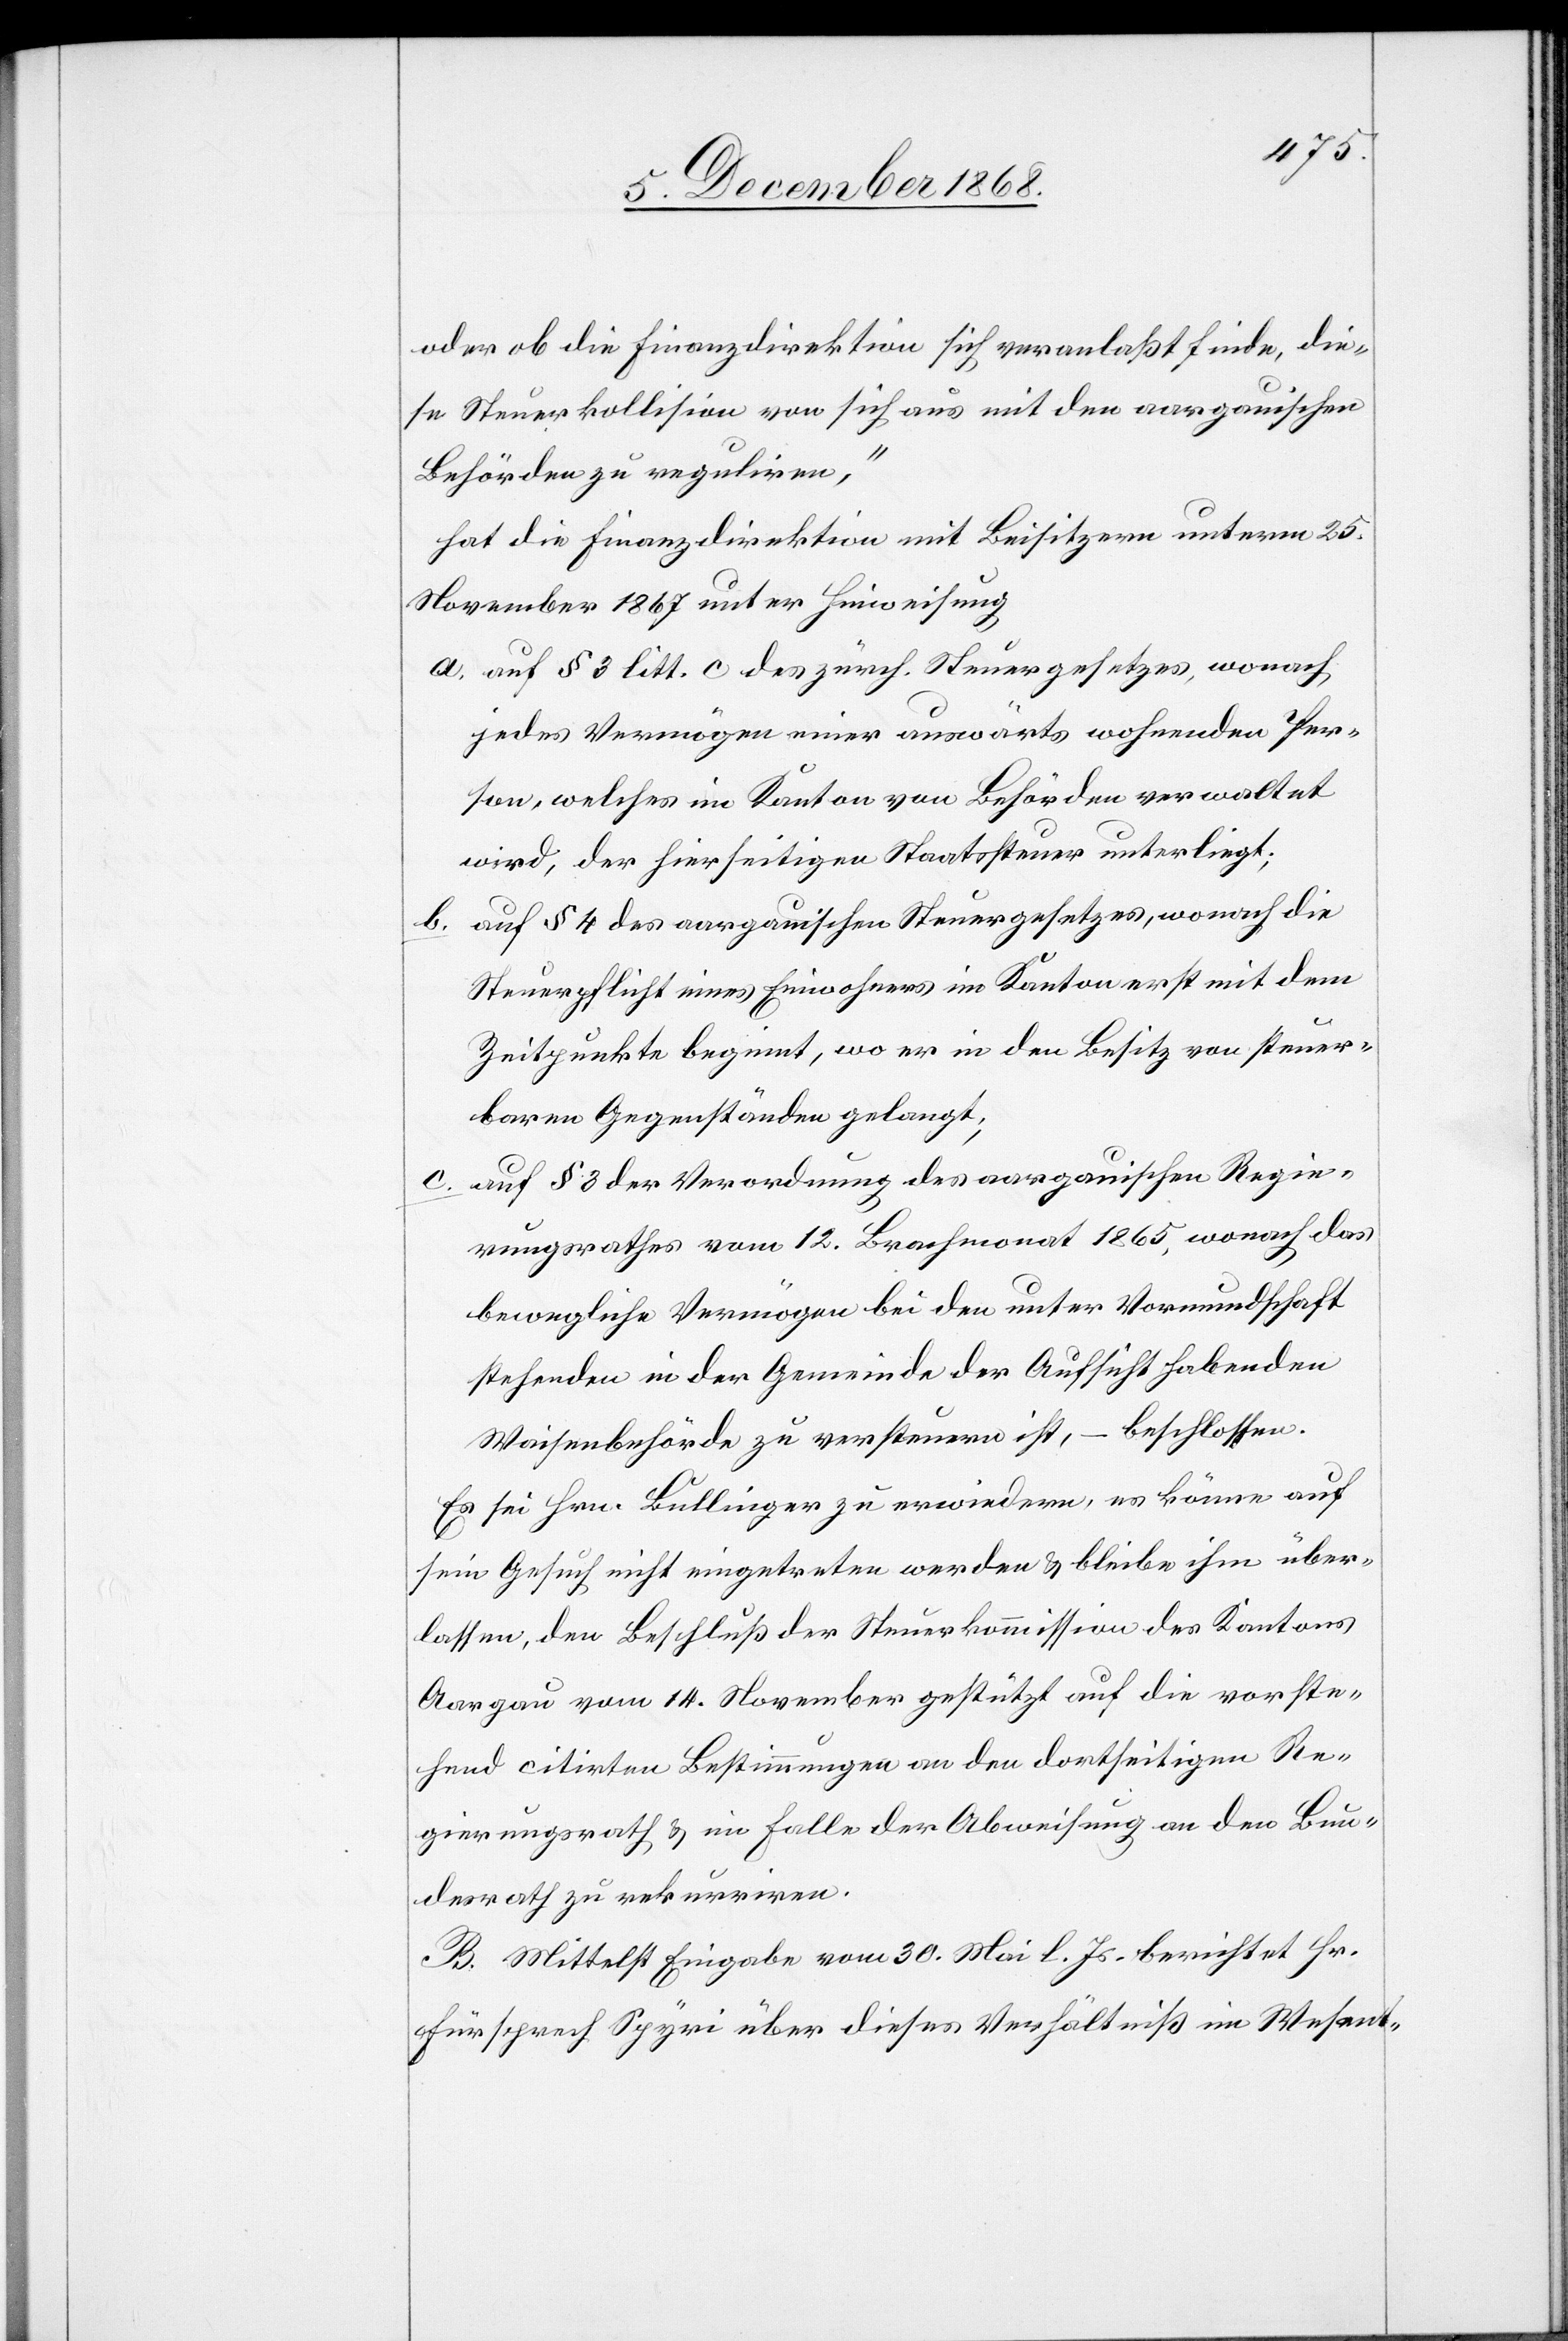
oder ob die Finanzdirektion sich veranlaßt finde, die¬
se Steuerkollision von sich aus mit den aargauischen
Behörden zu reguliren,“
hat die Finanzdirektion mit Beisitzern unterm 25.
November 1867 unter Hinweisung
auf § 3 litt. c des zürch. Steuergesetzes, wonach
jedes Vermögen einer auswärts wohnenden Per¬
son, welches im Kanton von Behörden verwaltet
wird, der hierseitigen Staatssteuer unterliegt;
auf § 4 des aargauischen Steuergesetzes, wonach die
Steuerpflicht eines Einwohners im Kanton erst mit dem
Zeitpunkte beginnt, wo er in den Besitz von steuer¬
baren Gegenständen gelangt;
auf § 3 der Verordnung des aargauischen Regie¬
rungsrathes vom 12. Brachmonat 1865, wonach das
bewegliche Vermögen bei den unter Vormundschaft
stehenden in der Gemeinde der Aufsicht habenden
Waisenbehörde zu versteuern ist, – beschlossen.
Es sei Hrn. Bullinger zu erwiedern, es könne auf
sein Gesuch nicht eingetreten werden & bleibe ihm über¬
lassen, den Beschluß der Steuerkommission des Kantons
Aargau vom 14. November gestützt auf die vorste¬
hend citirten Bestimmungen an den dortseitigen Re¬
gierungsrath & im Falle der Abweisung an den Bun¬
desrath zu rekurriren.
B. Mittelst Eingabe vom 30. Mai l. Js. berichtet Hr.
Fürsprech Spyri über dieses Verhältniß im Wesent-